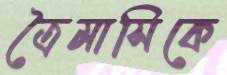
ত্রৈমাসিকে